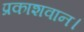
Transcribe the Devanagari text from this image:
प्रकाशवान।